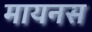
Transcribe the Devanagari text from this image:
मायनस